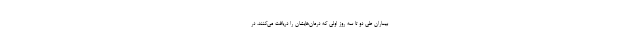
بیماران طی دو تا سه روز اولی که درمان‌هایشان را دریافت می‌کنند، در